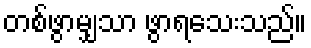
တစ်ဖွာမျှသာ ဖွာရသေးသည်။